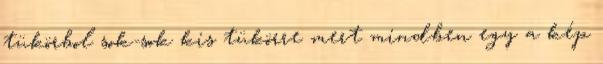
tükörbol sok-sok kis tükörre mert mindben egy a kép